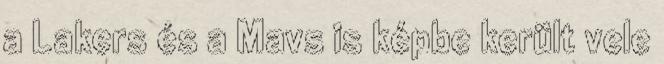
a Lakers és a Mavs is képbe került vele